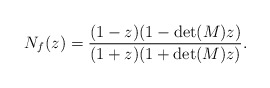
\begin{align*} N_f(z)=\dfrac{(1-z)(1-\det(M)z)}{(1+z)(1+\det(M)z)} . \end{align*}